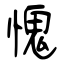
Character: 愧